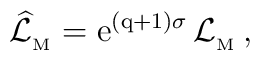
\widehat {\cal L}_{_{\rm M}}={\rm e}^{{(\rm q+1)}\sigma}\, {\cal L}_{_{\rm M}}\, ,